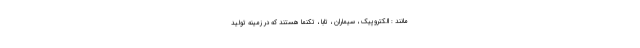
مانند : الکتروپیک ، سیماران ، تابا ، تکنما هستند که در زمینه تولید